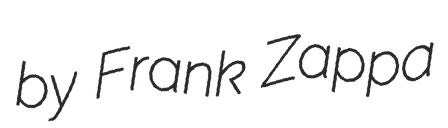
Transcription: by Frank Zappa